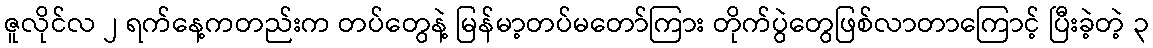
ဇူလိုင်လ ၂ ရက်နေ့ကတည်းက တပ်တွေနဲ့ မြန်မာ့တပ်မတော်ကြား တိုက်ပွဲတွေဖြစ်လာတာကြောင့် ပြီးခဲ့တဲ့ ၃